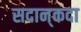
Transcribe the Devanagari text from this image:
सदान्‌कदा